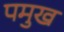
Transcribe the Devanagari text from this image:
पमुख